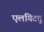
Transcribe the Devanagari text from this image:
एलयिटत्तु